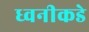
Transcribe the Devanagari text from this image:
ध्वनीकडे